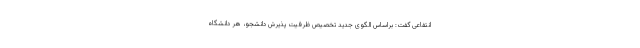
انتفاعی گفت: براساس الگوی جدید تخصیص ظرفیت پذیرش دانشجو، هر دانشگاه